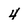
Character: 4